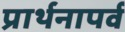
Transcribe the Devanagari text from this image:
प्रार्थनापर्व